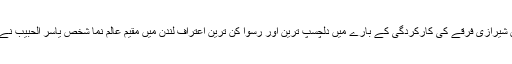
لیکن شیرازی فرقے کی کارکردگی کے بارے میں دلچسپ ترین اور رسوا کن ترین اعتراف لندن میں مقیم عالم نما شخص یاسر الحبیب نے کیا۔